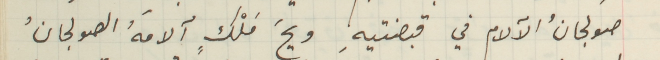
صولجانُ الآَلام في قبضتيهِ ويحَ مَلْكٍ آلامهُ الصولجانُ